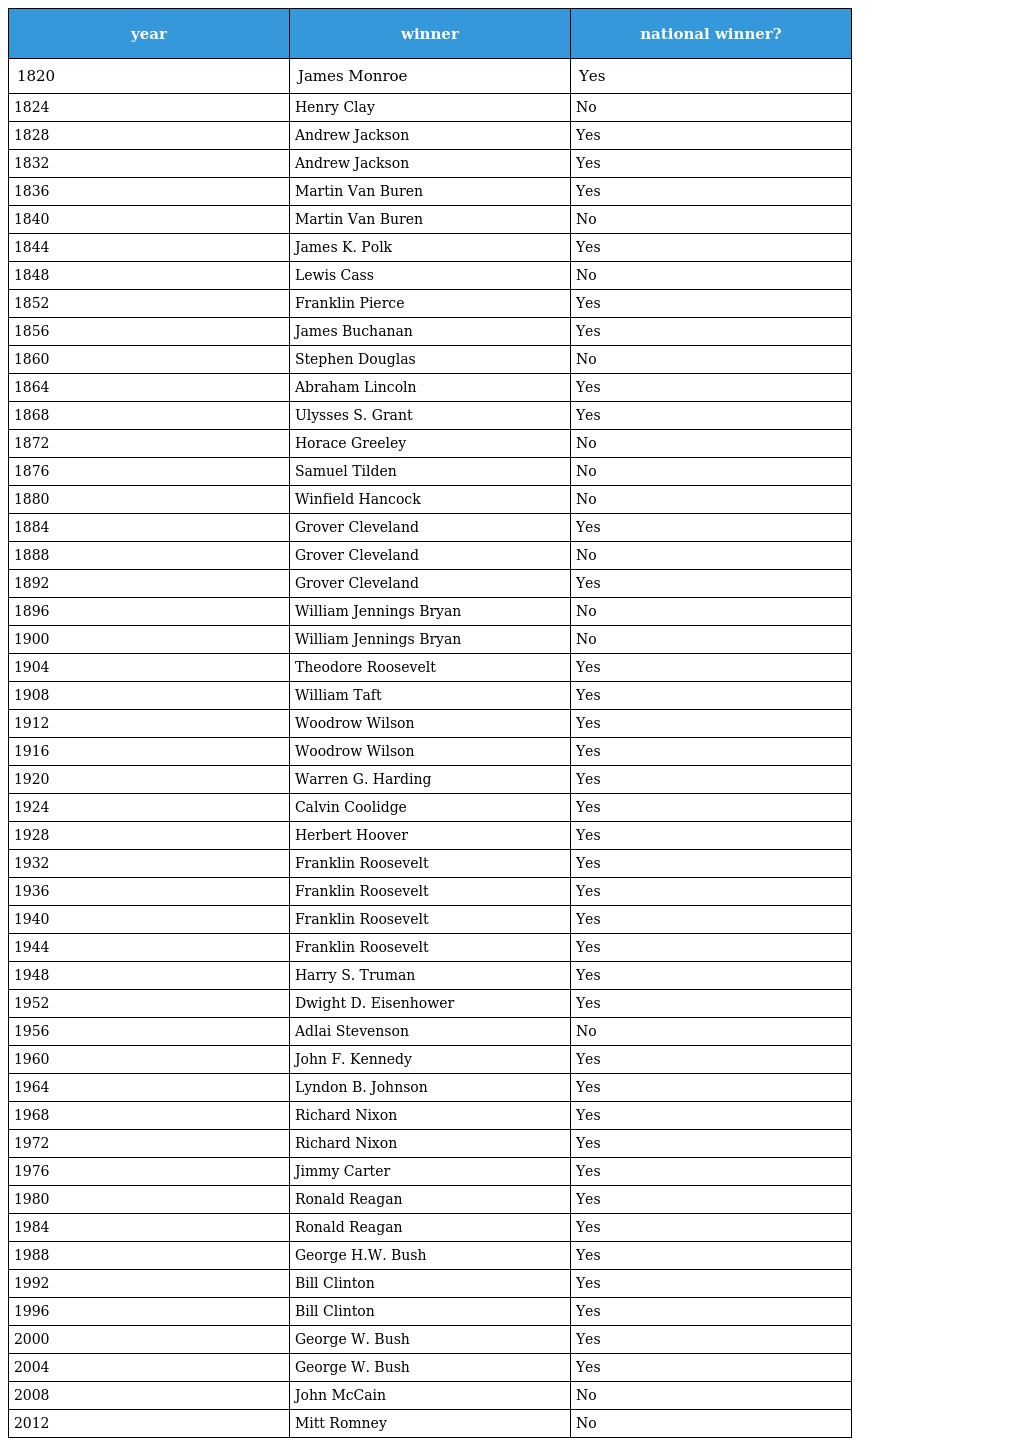
| year | winner | national winner? |
 | --- | --- | --- |
 | 1820 | James Monroe | Yes |
 | 1824 | Henry Clay | No |
 | 1828 | Andrew Jackson | Yes |
 | 1832 | Andrew Jackson | Yes |
 | 1836 | Martin Van Buren | Yes |
 | 1840 | Martin Van Buren | No |
 | 1844 | James K. Polk | Yes |
 | 1848 | Lewis Cass | No |
 | 1852 | Franklin Pierce | Yes |
 | 1856 | James Buchanan | Yes |
 | 1860 | Stephen Douglas | No |
 | 1864 | Abraham Lincoln | Yes |
 | 1868 | Ulysses S. Grant | Yes |
 | 1872 | Horace Greeley | No |
 | 1876 | Samuel Tilden | No |
 | 1880 | Winfield Hancock | No |
 | 1884 | Grover Cleveland | Yes |
 | 1888 | Grover Cleveland | No |
 | 1892 | Grover Cleveland | Yes |
 | 1896 | William Jennings Bryan | No |
 | 1900 | William Jennings Bryan | No |
 | 1904 | Theodore Roosevelt | Yes |
 | 1908 | William Taft | Yes |
 | 1912 | Woodrow Wilson | Yes |
 | 1916 | Woodrow Wilson | Yes |
 | 1920 | Warren G. Harding | Yes |
 | 1924 | Calvin Coolidge | Yes |
 | 1928 | Herbert Hoover | Yes |
 | 1932 | Franklin Roosevelt | Yes |
 | 1936 | Franklin Roosevelt | Yes |
 | 1940 | Franklin Roosevelt | Yes |
 | 1944 | Franklin Roosevelt | Yes |
 | 1948 | Harry S. Truman | Yes |
 | 1952 | Dwight D. Eisenhower | Yes |
 | 1956 | Adlai Stevenson | No |
 | 1960 | John F. Kennedy | Yes |
 | 1964 | Lyndon B. Johnson | Yes |
 | 1968 | Richard Nixon | Yes |
 | 1972 | Richard Nixon | Yes |
 | 1976 | Jimmy Carter | Yes |
 | 1980 | Ronald Reagan | Yes |
 | 1984 | Ronald Reagan | Yes |
 | 1988 | George H.W. Bush | Yes |
 | 1992 | Bill Clinton | Yes |
 | 1996 | Bill Clinton | Yes |
 | 2000 | George W. Bush | Yes |
 | 2004 | George W. Bush | Yes |
 | 2008 | John McCain | No |
 | 2012 | Mitt Romney | No |